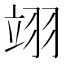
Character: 翊